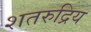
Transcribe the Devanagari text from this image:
शतरुद्रिय